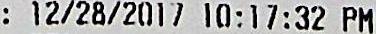
: 12/28/2017 10:17:32 PM